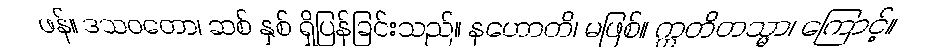
ဖန်။ ဒသဝတော၊ ဆစ် နှစ် ရှိပြန်ခြင်းသည်။ နဟောတိ၊ မဖြစ်။ ဣတိတသ္မာ၊ ကြောင့်။